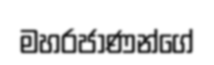
මහරජාණන්ගේ